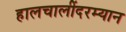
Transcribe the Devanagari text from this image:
हालचालींदरम्यान